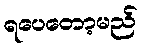
ရပေတော့မည်